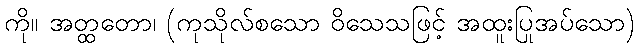
ကို။ အတ္ထတော၊ (ကုသိုလ်စသော ဝိသေသဖြင့် အထူးပြုအပ်သော)